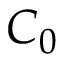
C _ { 0 }